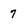
Character: 7